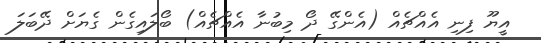
އީޔޫ ފިނި އެއްޗެއް (އެންގޭ ދޯ މިބުނާ އެއްޗެއް) ބޯލައިގެން ގެޔަށް ދޭބަލަ